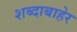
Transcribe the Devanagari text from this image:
शब्दाबाहेर